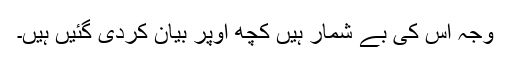
وجہ اس کی بے شمار ہیں کچھ اوپر بیان کردی گئیں ہیں۔